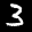
Label: 3